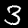
Digit: 3